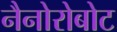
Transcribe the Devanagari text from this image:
नैनोरोबोट